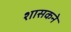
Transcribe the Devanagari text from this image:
शासकने